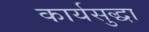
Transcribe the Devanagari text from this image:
कार्यसुद्धा